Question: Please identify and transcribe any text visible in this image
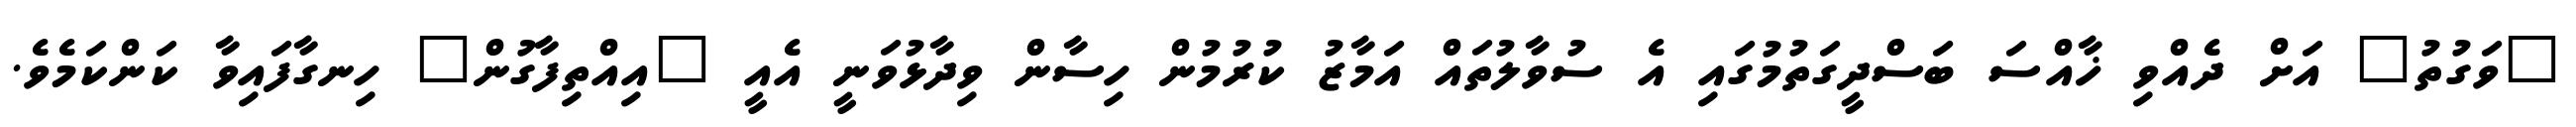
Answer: "ވަގުތު" އަށް ދެއްވި ޚާއްސަ ބަސްދީގަތުމުގައި އެ ސުވާލުތައް އަމާޒު ކުރުމުން ހިސާން ވިދާޅުވަނީ އެއީ "އިއްތިފާގުން" ހިނގާފައިވާ ކަންކަމެވެ.